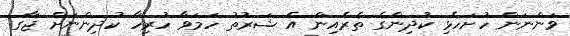
ވަންނަން ހުށަހެޅި ކުދިންގެ ތެރެއިން އެ ޝަރުތު ހަމަވާ ހުރިހާ ކުދިންނަށް ޖާގަ